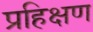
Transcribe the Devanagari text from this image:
प्रहिक्षण